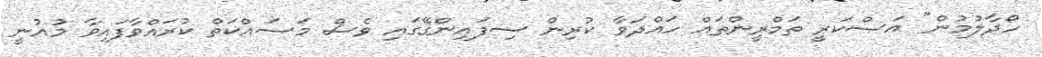
ހޯދާލުމުން" އަސްކަރީ ތަމްރީންތައް ހައްދަވާ ކުރިން ސިފައިންގޭގައި ވެސް މަސައްކަތް ކުރައްވާފައިވާ މުޣުނީ